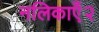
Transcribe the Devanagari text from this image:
नलिकाएँ२